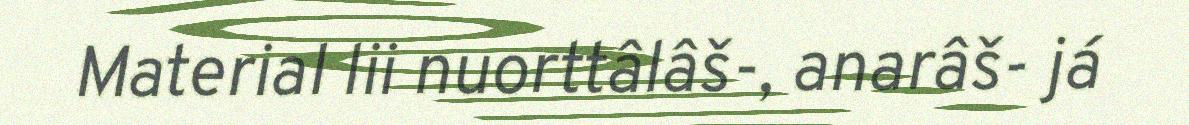
Material lii nuorttâlâš-, anarâš- já